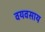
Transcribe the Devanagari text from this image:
वयवसाय